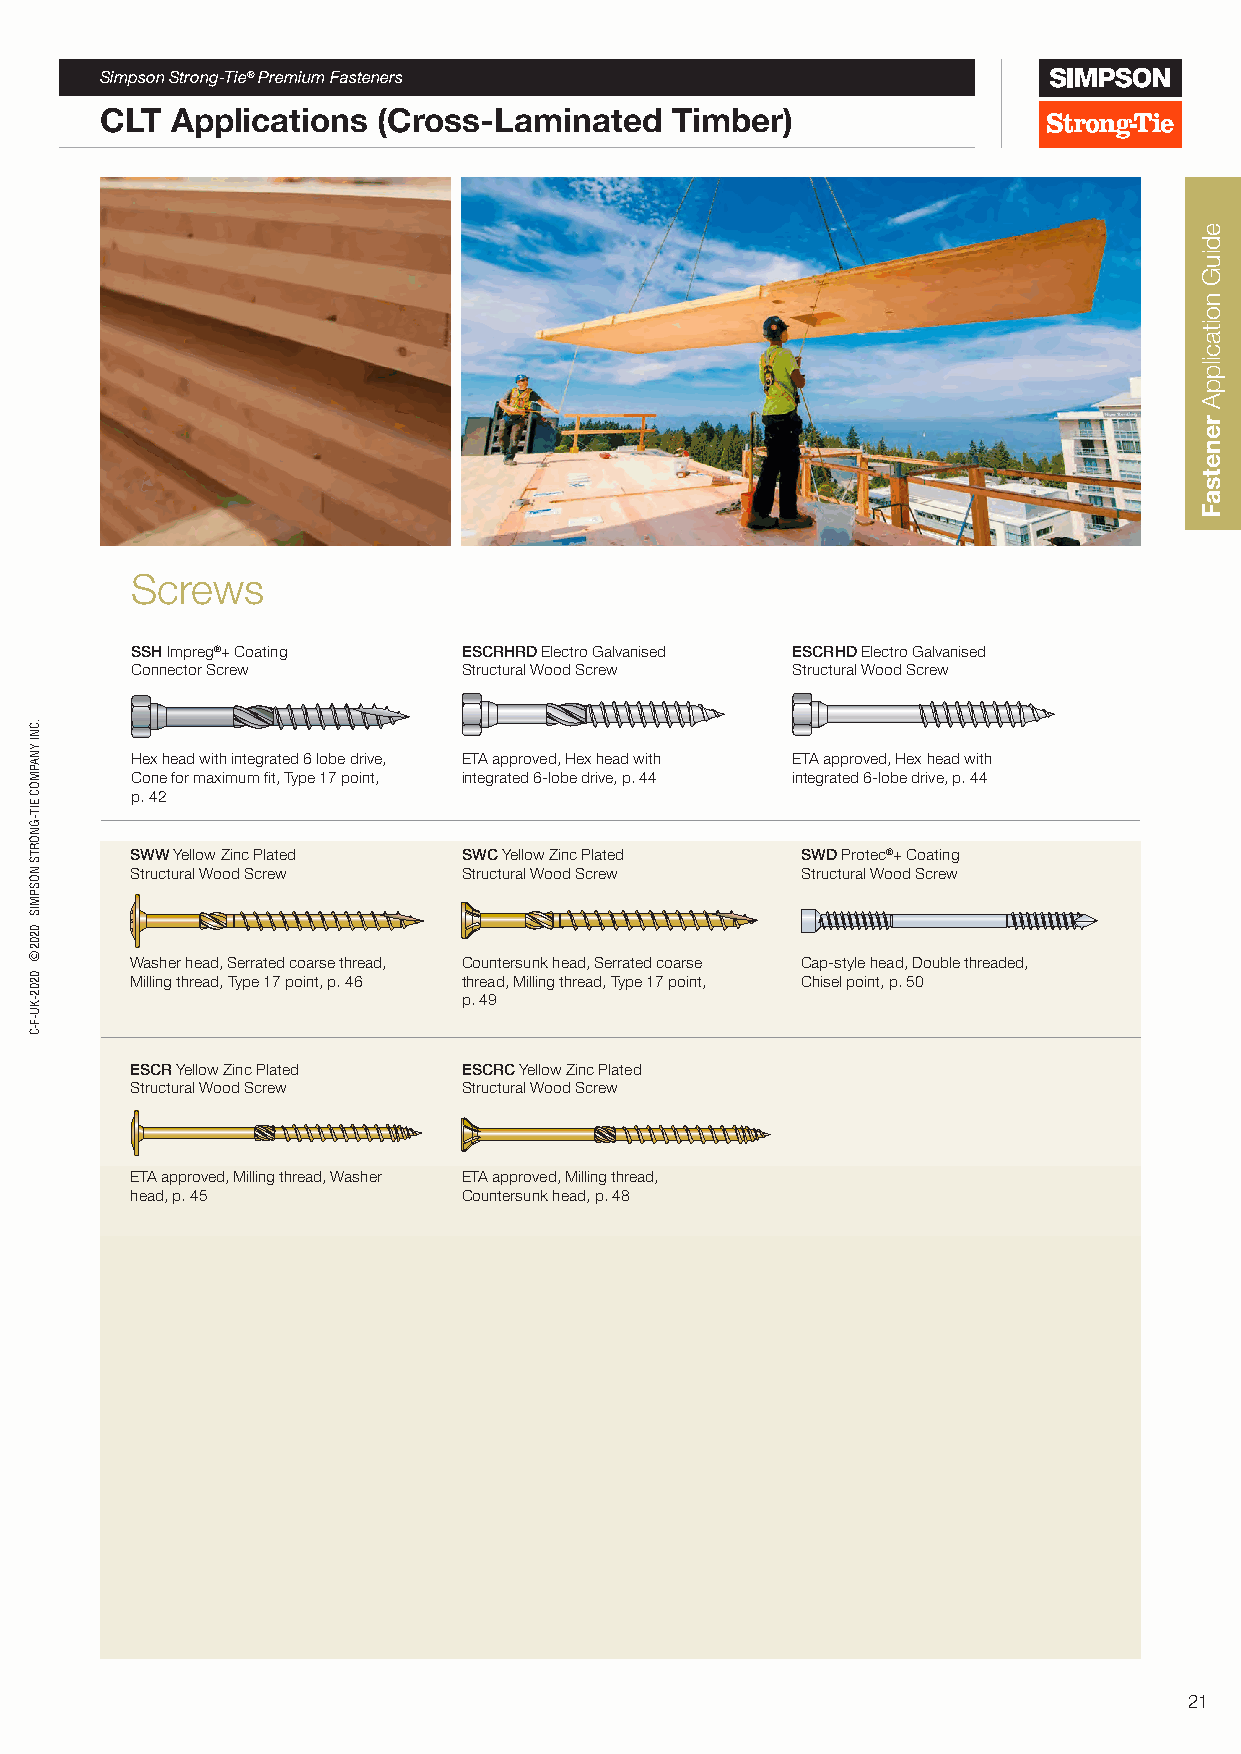
Simpson Strong-Tie® Premium Fasteners
 CLT Applications  (Cross-Laminated   Timber)
 Screws
 SSH Impreg®+ Coating  ESCRHRD Electro Galvanised ESCRHD Electro Galvanised
 Connector Screw       Structural Wood Screw Structural Wood Screw
 200
 G
 200
 Hex head with integrated 6 lobe drive, ETA approved, Hex head with ETA approved, Hex head with
 Cone for maximum fit, Type 17 point, integrated 6-lobe drive, p. 44 integrated 6-lobe drive, p. 44
 p. 42
 SWW Yellow Zinc Plated SWC Yellow Zinc Plated SWD Protec®+ Coating
 Structural Wood Screw Structural Wood Screw Structural Wood Screw
 1 2 0                 1 2 0
 G X X                 G X 0 2 1 0 2 1
 Washer head, Serrated coarse thread, Countersunk head, Serrated coarse Cap-style head, Double threaded,
 Milling thread, Type 17 point, p. 46 thread, Milling thread, Type 17 point, Chisel point, p. 50
 p. 49
 ESCR Yellow Zinc Plated ESCRC Yellow Zinc Plated
 Structural Wood Screw Structural Wood Screw
 ETA approved, Milling thread, Washer ETA approved, Milling thread,
 head, p. 45           Countersunk head, p. 48
 21
 .CNI
 YNAPMOC
 EIT-GNORTS
 NOSPMIS
 0202©
 0202-KU-F-C
 XG
 ediuG
 noitacilppA
 renetsaF